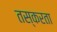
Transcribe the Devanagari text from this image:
तस्करता